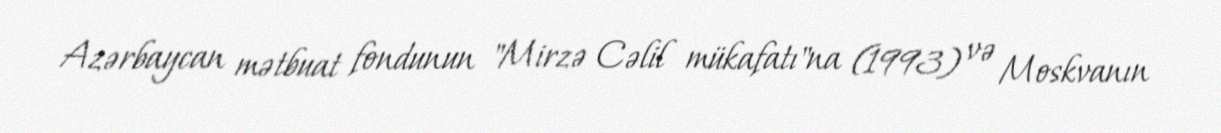
Azərbaycan mətbuat fondunun "Mirzə Cəlil mükafatı"na (1993) və Moskvanın